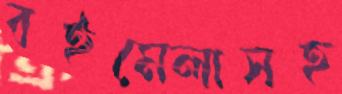
বইমেলাসহ